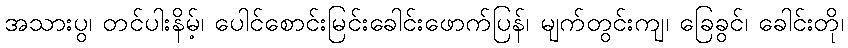
အသားပွ၊ တင်ပါးနိမ့်၊ ပေါင်စောင်းမြင်းခေါင်းဖောက်ပြန်၊ မျက်တွင်းကျ၊ ခြေခွင်၊ ခေါင်းတို၊